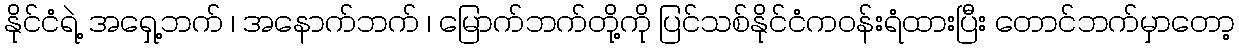
နိုင်ငံရဲ့ အရှေ့ဘက် ၊ အနောက်ဘက် ၊ မြောက်ဘက်တို့ကို ပြင်သစ်နိုင်ငံကဝန်းရံထားပြီး တောင်ဘက်မှာတော့